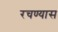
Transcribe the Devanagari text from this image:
रचण्यास